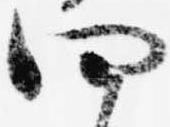
四